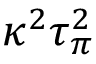
\kappa ^ { 2 } \tau _ { \pi } ^ { 2 }